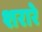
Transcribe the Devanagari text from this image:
शरारे